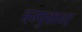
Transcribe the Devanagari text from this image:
चम्पुकाव्य